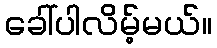
ခေါ်ပါလိမ့်မယ်။